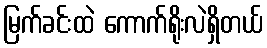
မြက်ခင်းထဲ ကောက်ရိုးလဲရှိတယ်